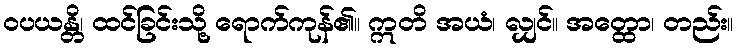
ဝပယန္တိ၊ ထင်ခြင်းသို့ ရောက်ကုန်၏။ ဣတိ အယံ၊ လျှင်။ အတ္ထော၊ တည်း။